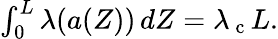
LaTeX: \begin{array}{r}{\int_{0}^{L}\lambda({a}(Z))\, dZ=\lambda_{\mathrm{~c~}}L.}\end{array}